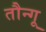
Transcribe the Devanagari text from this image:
तौन्गू